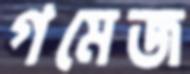
গমেজ